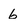
Character: 6